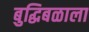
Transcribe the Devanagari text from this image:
बुद्धिबळाला